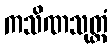
ကသိဏသုတ္တံ